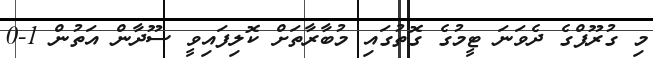
މި ގުރޫޕްގެ ދެވަނަ ޓީމުގެ ގޮތުގައި މުބާރާތަށް ކޮލިފައިވީ ސޫދާން އަތުން 1-0